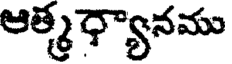
ఆత్మ ధ్యానము